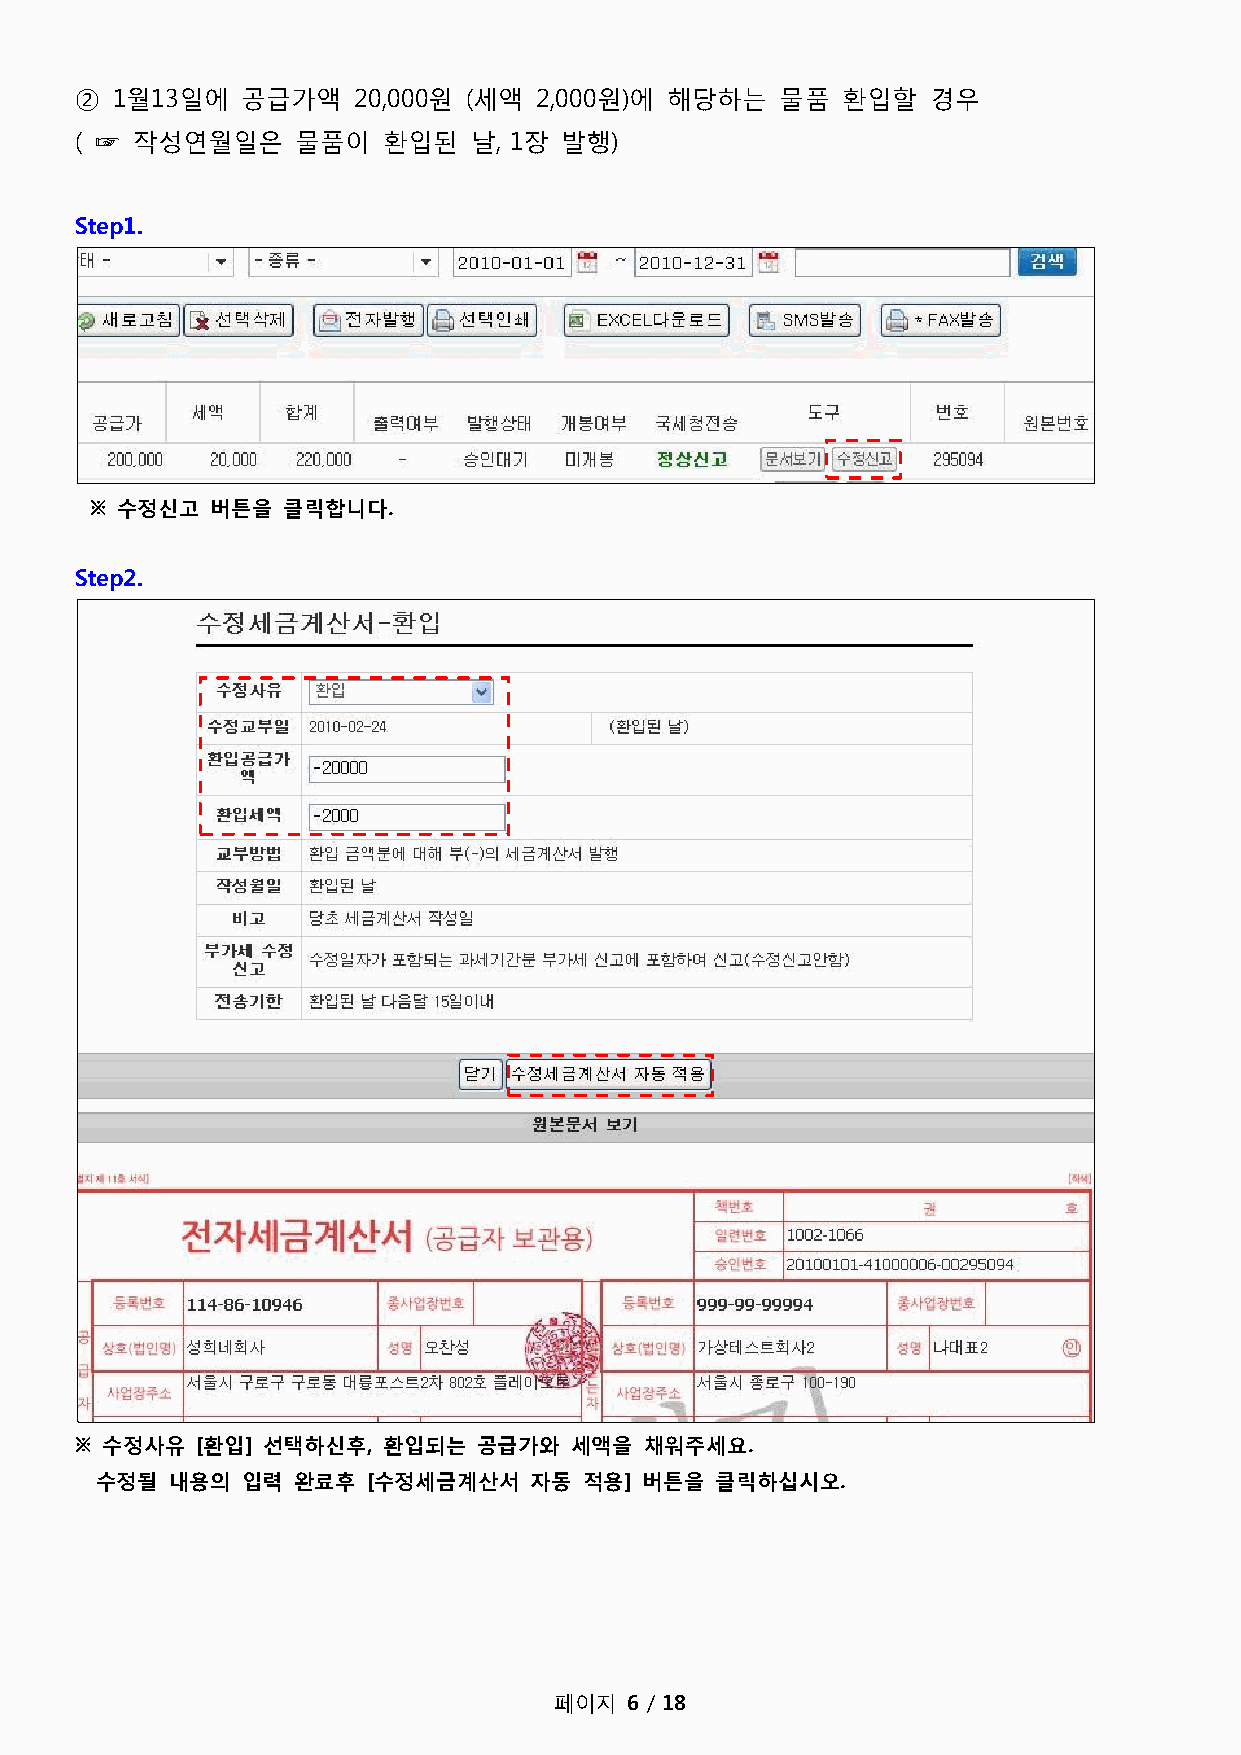
② 1월13일에   공급가액   20,000원 (세액 2,000원)에 해당하는    물품  홖입할   경우
 ( ☞ 작성연월일은     물품이  홖입된   날, 1장 발행)
 Step1.
 ※ 수정신고  버튼을  클릭합니다.
 Step2.
 ※ 수정사유  [환입] 선택하신후, 환입되는   공급가와  세액을  채워주세요.
 수정될  내용의  입력 완료후  [수정세금계산서   자동  적용] 버튼을 클릭하십시오.
 페이지  6 / 18